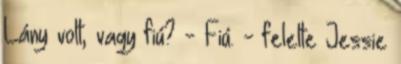
Lány volt, vagy fiú? - Fiú. - felelte Jessie